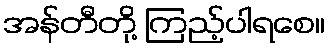
အန်တီတို့ ကြည့်ပါရစေ။